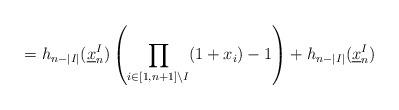
LaTeX: \begin{align*}= h_{n-|I|}(\underline x_n^I) \left( \prod_{i\in [1,n+1]\setminus I} (1+x_i) -1\right) + h_{n-|I|}(\underline x_n^I) \end{align*}